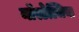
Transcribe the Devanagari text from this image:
नॉस्टेल्जिया